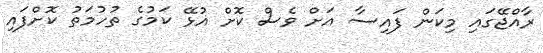
ރާއްޖޭގައި މިކަން ފައިސާ އަށް ވެސް ކޮށް އުޅޭ ކަމުގެ ތުހުމަތު ކޮށްފައި